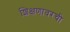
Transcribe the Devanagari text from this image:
शिक्षणावरची